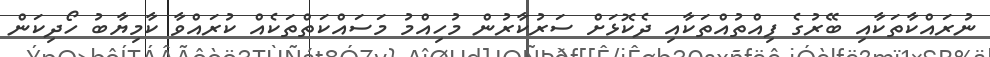
ނުރައްކާތަކާއި ބޭރުގެ ފިއްތުއްތަކާއި ދެކޮޅަށް ސަރުކާރުން މުހިއްމު މަސައްކަތްތަކެއްް ކުރައްވާ ކާމިޔާބު ހޯދިކަން